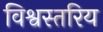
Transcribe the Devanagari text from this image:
विश्वस्तरिय